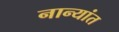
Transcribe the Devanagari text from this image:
नान्यांत